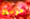
هوسك